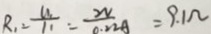
R _ { 1 } = \frac { u _ { 1 } } { 1 1 } = \frac { 2 V } { 0 . 2 2 A } = 9 . 1 \Omega